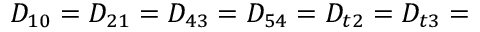
D _ { 1 0 } = D _ { 2 1 } = D _ { 4 3 } = D _ { 5 4 } = D _ { t 2 } = D _ { t 3 } =